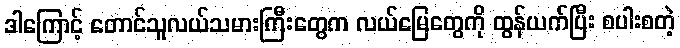
ဒါကြောင့် တောင်သူလယ်သမားကြီးတွေက လယ်မြေတွေကို ထွန်ယက်ပြီး စပါးစတဲ့